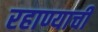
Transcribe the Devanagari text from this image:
रहाण्याचीं